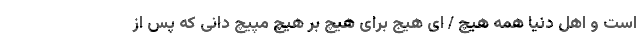
است و اهل دنیا همه هیچ / ای هیج برای هیچ بر هیچ مپیچ دانی که پس از